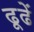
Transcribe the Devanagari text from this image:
ढूढें